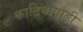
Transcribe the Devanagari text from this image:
काठियावाड़ी